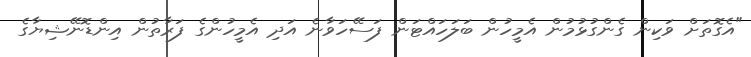
"އެގޮތަށް ވަކިން ގެންގުޅުމުން އެމީހުން ބަލަހައްޓަން ފަސޭހަވާނެ އަދި އެމީހުންގެ ފަރާތުން އިންޑޮނޭޝިޔާގެ